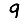
Digit: 9